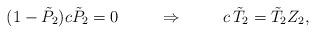
LaTeX: \begin{align*}(1-\tilde{P}_2)c\tilde{P}_2=0\hspace{1cm}\Rightarrow\hspace{1cm}c\,\tilde{T}_2=\tilde{T}_2Z_2,\end{align*}